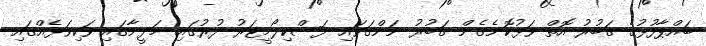
ބައްޕާފުޅުގެ ގަބުރު އޮތް ވަޅުކޮނެގެން ގަބުރު ނަންގަވައި ފަސްކިލޯމީޓަރު ދުރުގައި މަދީނާގައި ވަކިވަޅެއްގައި